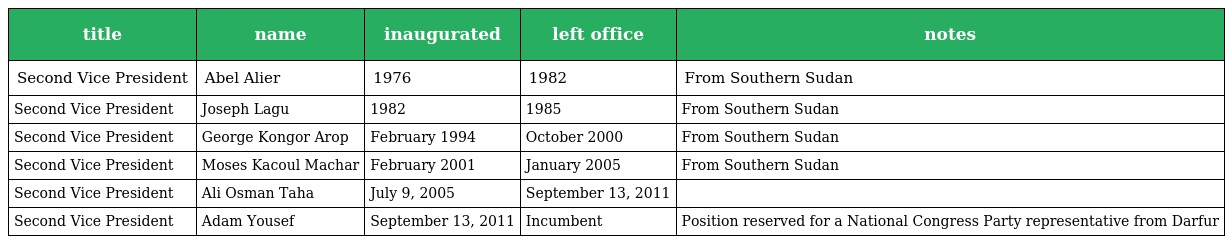
| title | name | inaugurated | left office | notes |
 | --- | --- | --- | --- | --- |
 | Second Vice President | Abel Alier | 1976 | 1982 | From Southern Sudan |
 | Second Vice President | Joseph Lagu | 1982 | 1985 | From Southern Sudan |
 | Second Vice President | George Kongor Arop | February 1994 | October 2000 | From Southern Sudan |
 | Second Vice President | Moses Kacoul Machar | February 2001 | January 2005 | From Southern Sudan |
 | Second Vice President | Ali Osman Taha | July 9, 2005 | September 13, 2011 |  |
 | Second Vice President | Adam Yousef | September 13, 2011 | Incumbent | Position reserved for a National Congress Party representative from Darfur |